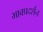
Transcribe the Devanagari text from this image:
भावप्रदर्शन